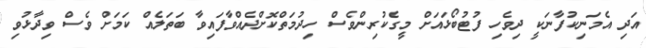
އަދި އެމަނިކުފާނަކީ ދިވެހި ފުޓުބޯޅައަށް މީގެކުރިންވެސް ހިދުމަތްކޮށްދެއްވާފައިވާ ބަތަލެއް ކަމަށް ވެސް ވިދާޅުވި